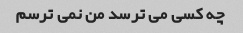
چه کسی می ترسد من نمی ترسم